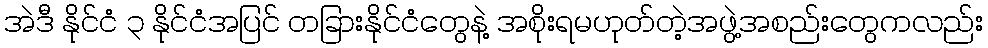
အဲဒီ နိုင်ငံ ၃ နိုင်ငံအပြင် တခြားနိုင်ငံတွေနဲ့ အစိုးရမဟုတ်တဲ့အဖွဲ့အစည်းတွေကလည်း